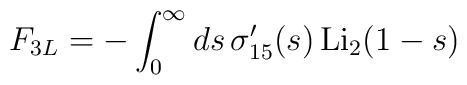
F_{3L}=-\int_0^\infty ds\,\sigma^\prime_{15}(s)\,{\rm Li}_2(1-s)